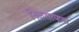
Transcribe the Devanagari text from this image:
निळसरपणा